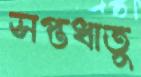
সপ্তধাতু